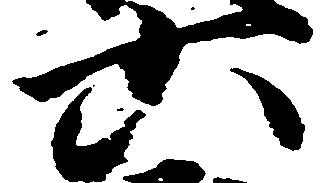
六